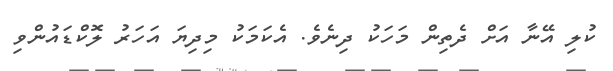
ކުލި އޭނާ އަށް ދެތިން މަހަކު ދިނެވެ. އެކަމަކު މިދިޔަ އަހަރު ލޮކްޑައުންވި